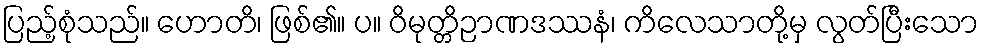
ပြည့်စုံသည်။ ဟောတိ၊ ဖြစ်၏။ ပ။ ဝိမုတ္တိဉာဏဒဿနံ၊ ကိလေသာတို့မှ လွတ်ပြီးသော